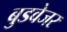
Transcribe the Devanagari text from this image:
बुडवेजर